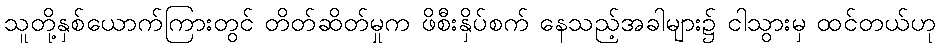
သူတို့နှစ်ယောက်ကြားတွင် တိတ်ဆိတ်မှုက ဖိစီးနှိပ်စက် နေသည့်အခါများ၌ ငါသွားမှ ထင်တယ်ဟု